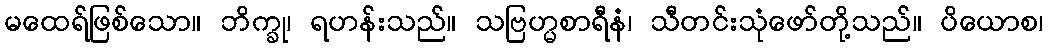
မထေရ်ဖြစ်သော။ ဘိက္ခု၊ ရဟန်းသည်။ သဗြဟ္မစာရီနံ၊ သီတင်းသုံဖော်တို့သည်။ ပိယောစ၊